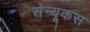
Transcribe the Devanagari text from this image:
सेन्यूकस